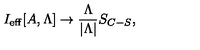
I _ { \mathrm { e f f } } [ A , \Lambda ] \to \frac { \Lambda } { | \Lambda | } S _ { C - S } ,